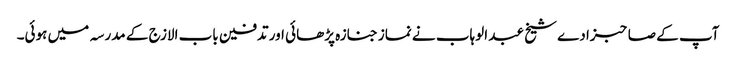
آپ کے صاحبزادے شیخ عبد الوہاب نے نماز جنازہ پڑھائی اور تدفین باب الازج کے مدرسہ میں ہوئی۔